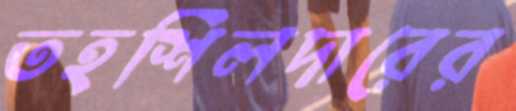
তহশিলদারের